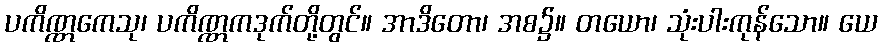
ပကိဏ္ဏကေသု၊ ပကိဏ္ဏကဒုက်တို့တွင်။ အာဒိတော၊ အစ၌။ တယော၊ သုံးပါးကုန်သော။ ယေ